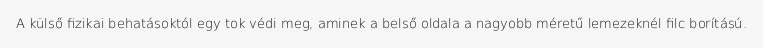
A külső fizikai behatásoktól egy tok védi meg, aminek a belső oldala a nagyobb méretű lemezeknél filc borítású.